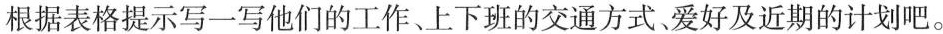
根据表格提示写一写他们的工作、上下班的交通方式.爱好及近期的计划吧.